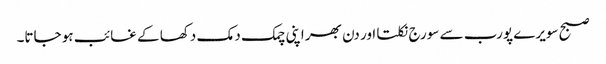
صبح سویرے پورب سے سورج نکلتا اور دن بھر اپنی چمک دمک دکھا کے غائب ہو جاتا۔